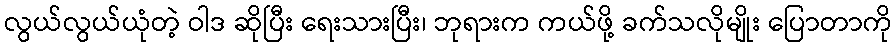
လွယ်လွယ်ယုံတဲ့ ဝါဒ ဆိုပြီး ရေးသားပြီး၊ ဘုရားက ကယ်ဖို့ ခက်သလိုမျိုး ပြောတာကို